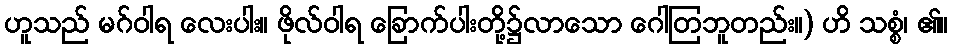
ဟူသည် မဂ်ဝါရ လေးပါး။ ဖိုလ်ဝါရ ခြောက်ပါးတို့၌လာသော ဂေါတြဘူတည်း။) ဟိ သစ္စံ၊ ၏။